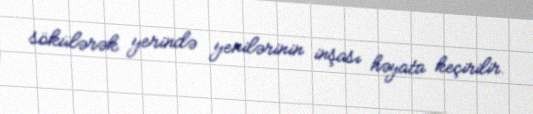
sökülərək yerində yenilərinin inşası həyata keçirilir.